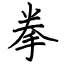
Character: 拳